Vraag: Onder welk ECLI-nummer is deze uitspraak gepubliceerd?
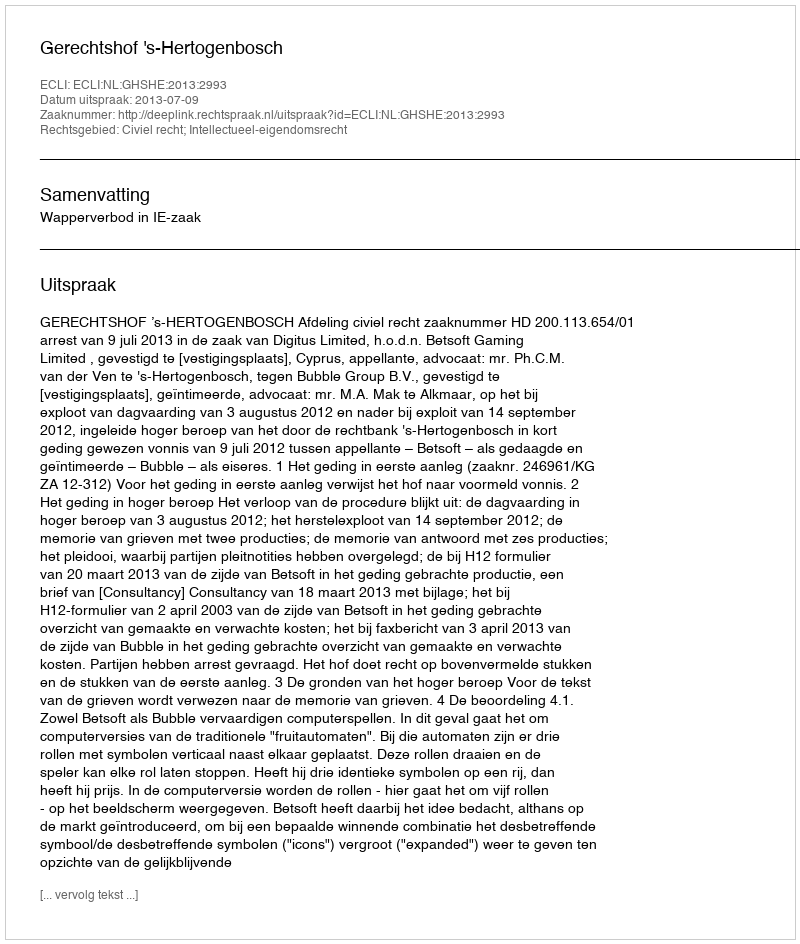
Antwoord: ECLI:NL:GHSHE:2013:2993